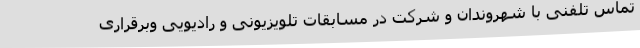
تماس تلفنی با شهروندان و شرکت در مسابقات تلویزیونی و رادیویی وبرقراری